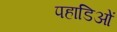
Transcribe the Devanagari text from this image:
पहाडिओं